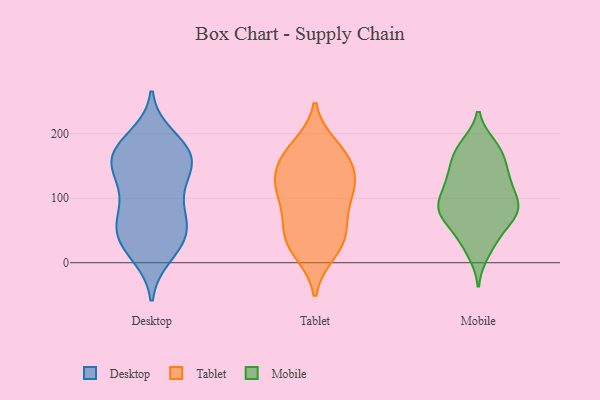
{"axis": {"x": "Shipments", "y": "Value"}, "legend": ["Desktop", "Mobile", "Tablet"], "data": [{"x": "", "y": 24, "type": "Desktop"}, {"x": "", "y": 43, "type": "Desktop"}, {"x": "", "y": 63, "type": "Desktop"}, {"x": "", "y": 92, "type": "Desktop"}, {"x": "", "y": 105, "type": "Desktop"}, {"x": "", "y": 60, "type": "Desktop"}, {"x": "", "y": 177, "type": "Desktop"}, {"x": "", "y": 170, "type": "Desktop"}, {"x": "", "y": 25, "type": "Desktop"}, {"x": "", "y": 50, "type": "Desktop"}, {"x": "", "y": 180, "type": "Desktop"}, {"x": "", "y": 60, "type": "Desktop"}, {"x": "", "y": 160, "type": "Desktop"}, {"x": "", "y": 12, "type": "Desktop"}, {"x": "", "y": 162, "type": "Desktop"}, {"x": "", "y": 138, "type": "Desktop"}, {"x": "", "y": 119, "type": "Desktop"}, {"x": "", "y": 156, "type": "Desktop"}, {"x": "", "y": 150, "type": "Desktop"}, {"x": "", "y": 195, "type": "Desktop"}, {"x": "", "y": 180, "type": "Tablet"}, {"x": "", "y": 182, "type": "Tablet"}, {"x": "", "y": 164, "type": "Tablet"}, {"x": "", "y": 113, "type": "Tablet"}, {"x": "", "y": 90, "type": "Tablet"}, {"x": "", "y": 47, "type": "Tablet"}, {"x": "", "y": 29, "type": "Tablet"}, {"x": "", "y": 49, "type": "Tablet"}, {"x": "", "y": 106, "type": "Tablet"}, {"x": "", "y": 163, "type": "Tablet"}, {"x": "", "y": 71, "type": "Tablet"}, {"x": "", "y": 121, "type": "Tablet"}, {"x": "", "y": 16, "type": "Tablet"}, {"x": "", "y": 49, "type": "Tablet"}, {"x": "", "y": 14, "type": "Tablet"}, {"x": "", "y": 116, "type": "Tablet"}, {"x": "", "y": 140, "type": "Tablet"}, {"x": "", "y": 154, "type": "Tablet"}, {"x": "", "y": 127, "type": "Tablet"}, {"x": "", "y": 75, "type": "Mobile"}, {"x": "", "y": 134, "type": "Mobile"}, {"x": "", "y": 86, "type": "Mobile"}, {"x": "", "y": 176, "type": "Mobile"}, {"x": "", "y": 104, "type": "Mobile"}, {"x": "", "y": 130, "type": "Mobile"}, {"x": "", "y": 137, "type": "Mobile"}, {"x": "", "y": 173, "type": "Mobile"}, {"x": "", "y": 73, "type": "Mobile"}, {"x": "", "y": 78, "type": "Mobile"}, {"x": "", "y": 77, "type": "Mobile"}, {"x": "", "y": 98, "type": "Mobile"}, {"x": "", "y": 181, "type": "Mobile"}, {"x": "", "y": 36, "type": "Mobile"}, {"x": "", "y": 123, "type": "Mobile"}, {"x": "", "y": 164, "type": "Mobile"}, {"x": "", "y": 16, "type": "Mobile"}, {"x": "", "y": 83, "type": "Mobile"}, {"x": "", "y": 41, "type": "Mobile"}]}